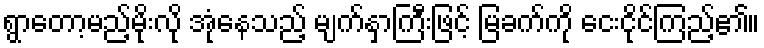
ရွာတော့မည့်မိုးလို အုံနေသည့် မျက်နှာကြီးဖြင့် မြခက်ကို ငေးငိုင်ကြည့်၏။